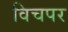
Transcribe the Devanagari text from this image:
विचपर